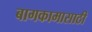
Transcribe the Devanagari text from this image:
बागकामासाठी